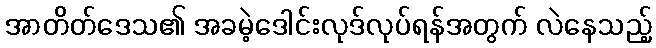
အာတိတ်ဒေသ၏ အခမဲ့ဒေါင်းလုဒ်လုပ်ရန်အတွက် လဲနေသည့်